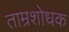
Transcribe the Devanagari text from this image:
ताम्रशोधक